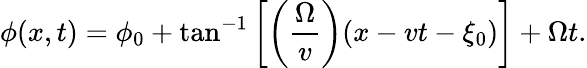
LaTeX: \phi(x,t)=\phi_{0}+\tan^{-1}\left[\left(\frac{\Omega}{v}\right)(x-vt-\xi_{0})\right]+\Omega t.